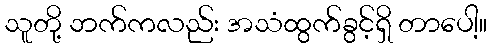
သူတို့ ဘက်ကလည်း အသံထွက်ခွင့်ရှိ တာပေါ့။